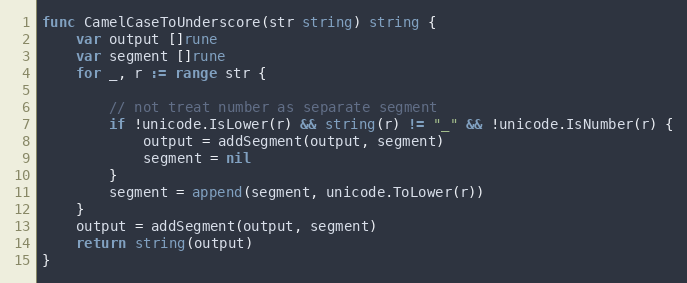
Language: Go
func CamelCaseToUnderscore(str string) string {
	var output []rune
	var segment []rune
	for _, r := range str {

		// not treat number as separate segment
		if !unicode.IsLower(r) && string(r) != "_" && !unicode.IsNumber(r) {
			output = addSegment(output, segment)
			segment = nil
		}
		segment = append(segment, unicode.ToLower(r))
	}
	output = addSegment(output, segment)
	return string(output)
}